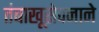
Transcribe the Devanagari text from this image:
तंबाखूसेवनाने